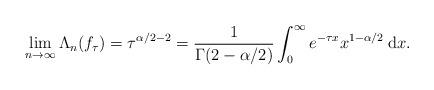
LaTeX: \begin{align*}\lim_{n \to \infty} \Lambda_n (f_{\tau}) =\tau^{\alpha/2 - 2} =\frac{1}{\Gamma(2 - \alpha/2)} \int_0^\infty e^{-\tau x} x^{1-\alpha/2} {\: \rm d}x.\end{align*}